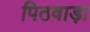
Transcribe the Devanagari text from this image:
पिठवाड़ा